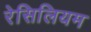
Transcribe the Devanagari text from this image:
रेसिलियम